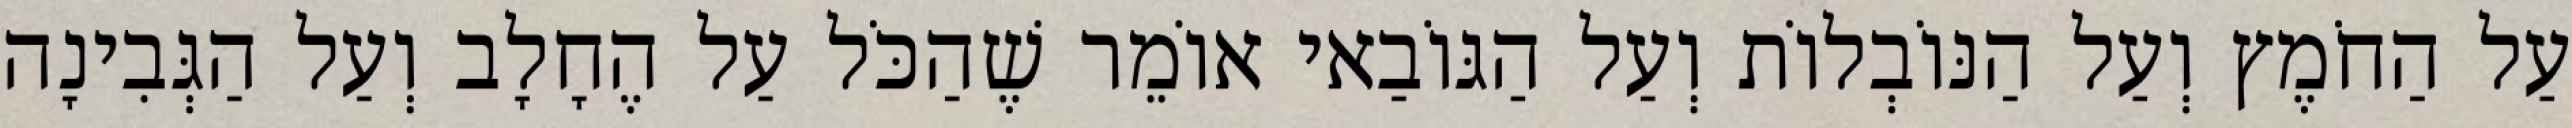
עַל הַחֹמֶץ וְעַל הַנּוֹבְלוֹת וְעַל הַגּוֹבַאי אוֹמֵר שֶׁהַכֹּל עַל הֶחָלָב וְעַל הַגְּבִינָה